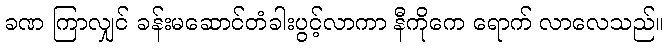
ခဏ ကြာလျှင် ခန်းမဆောင်တံခါးပွင့်လာကာ နီကိုကေ ရောက် လာလေသည်။